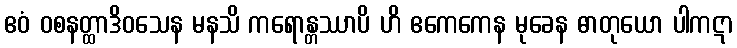
ဧဝံ ဝစနတ္ထာဒိဝသေန မနသိ ကရောန္တဿာပိ ဟိ ဧကေကေန မုခေန ဓာတုယော ပါကဋာ